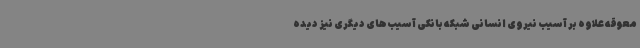
معوقه علاوه بر آسیب نیروی انسانی شبکه بانکی آسیب‌های دیگری نیز دیده